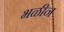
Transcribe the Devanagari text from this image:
भळीन